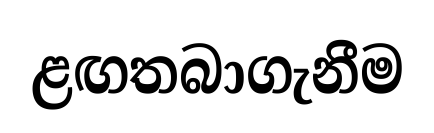
ළඟතබාගැනීම